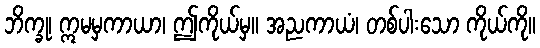
ဘိက္ခု၊ ဣမမှကာယာ၊ ဤကိုယ်မှ။ အညကာယံ၊ တစ်ပါးသော ကိုယ်ကို။